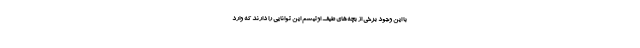
با این وجود برخی از بچه‌های طیف اوتیسم این توانایی را دارند که وارد